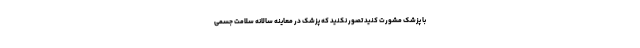
با پزشک مشورت کنید تصور نکنید که پزشک در معاینه سالانه سلامت جسمی